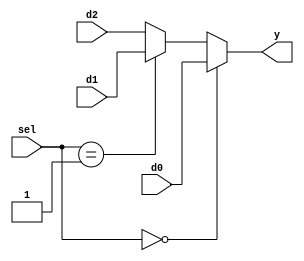
module b2_mux_3_1_case_correct
(
   input      [1:0] d0, d1, d2, 
   input      [1:0] sel,
   output reg [1:0] y
);
   always @(*)
	begin
		if(sel == 2'b00)
			y = d0;
		else
		begin
			if(sel == 2'b01)
				y = d1;
			else 
			begin
				y = d2;
			end
		end
	end
endmodule